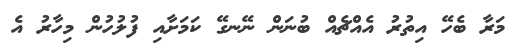
މަރާ ބެހޭ އިތުރު އެއްޗެއް ބުނަން ނޭނގޭ ކަމަށާއި ފުލުހުން މިހާރު އެ